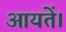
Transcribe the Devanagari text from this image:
आयतें।